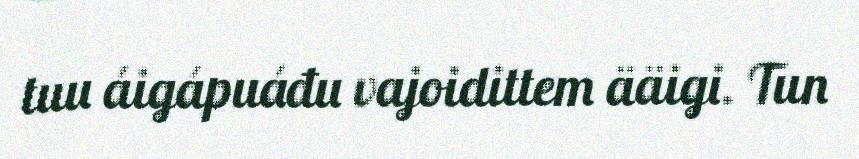
tuu áigápuáđu vajoidittem ääigi. Tun